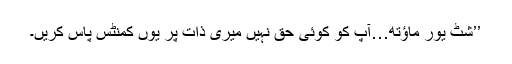
’’شٹ یور ماؤتھ…آپ کو کوئی حق نہیں میری ذات پر یوں کمنٹس پاس کریں۔